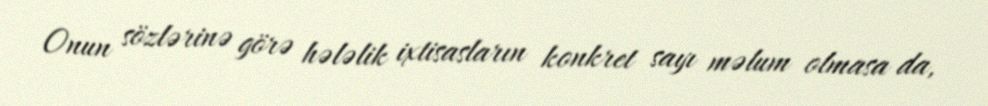
Onun sözlərinə görə hələlik ixtisasların konkret sayı məlum olmasa da,